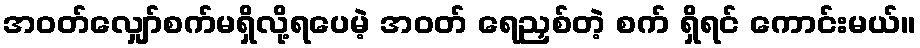
အဝတ်လျှော်စက်မရှိလို့ရပေမဲ့ အဝတ် ရေညှစ်တဲ့ စက် ရှိရင် ကောင်းမယ်။